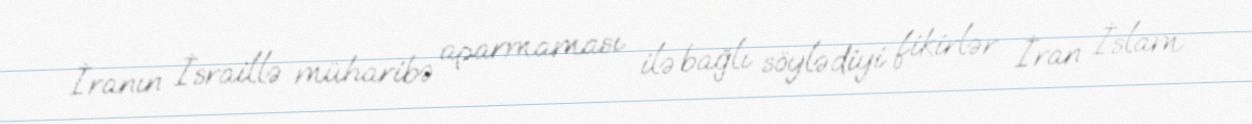
İranın İsraillə müharibə aparmaması ilə bağlı söylədiyi fikirlər İran İslam